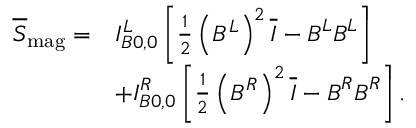
\begin{array} { r l } { \overline { { \boldsymbol { S } } } _ { \mathrm { m a g } } = } & { I _ { B 0 , 0 } ^ { L } \left[ \frac { 1 } { 2 } \left( B ^ { L } \right) ^ { 2 } \overline { { \boldsymbol { I } } } - \boldsymbol { B } ^ { L } \boldsymbol { B } ^ { L } \right] } \\ & { + I _ { B 0 , 0 } ^ { R } \left[ \frac { 1 } { 2 } \left( B ^ { R } \right) ^ { 2 } \overline { { \boldsymbol { I } } } - \boldsymbol { B } ^ { R } \boldsymbol { B } ^ { R } \right] . } \end{array}